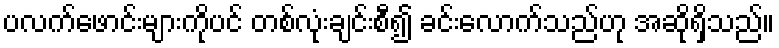
ပလက်ဖောင်းများကိုပင် တစ်လုံးချင်းစီ၍ ခင်းလောက်သည်ဟု အဆိုရှိသည်။